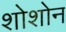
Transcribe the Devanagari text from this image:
शोशोन